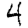
Digit: 4